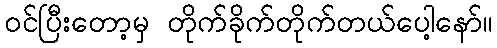
ဝင်ပြီးတော့မှ တိုက်ခိုက်တိုက်တယ်ပေါ့နော်။